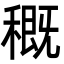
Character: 穊